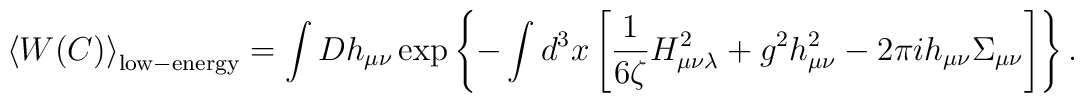
\left<W(C)\right>_{\rm low-energy}=\int Dh_{\mu\nu}\exp\left\{-\int d^3x\left[\frac{1}{6\zeta}H_{\mu\nu\lambda}^2+g^2h_{\mu\nu}^2-2\pi ih_{\mu\nu}\Sigma_{\mu\nu}\right]\right\}.